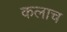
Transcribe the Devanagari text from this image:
कलाच